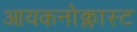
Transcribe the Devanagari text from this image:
आयकनोक्लास्ट